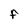
Character: F